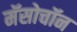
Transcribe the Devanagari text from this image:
मॅसोचॉन